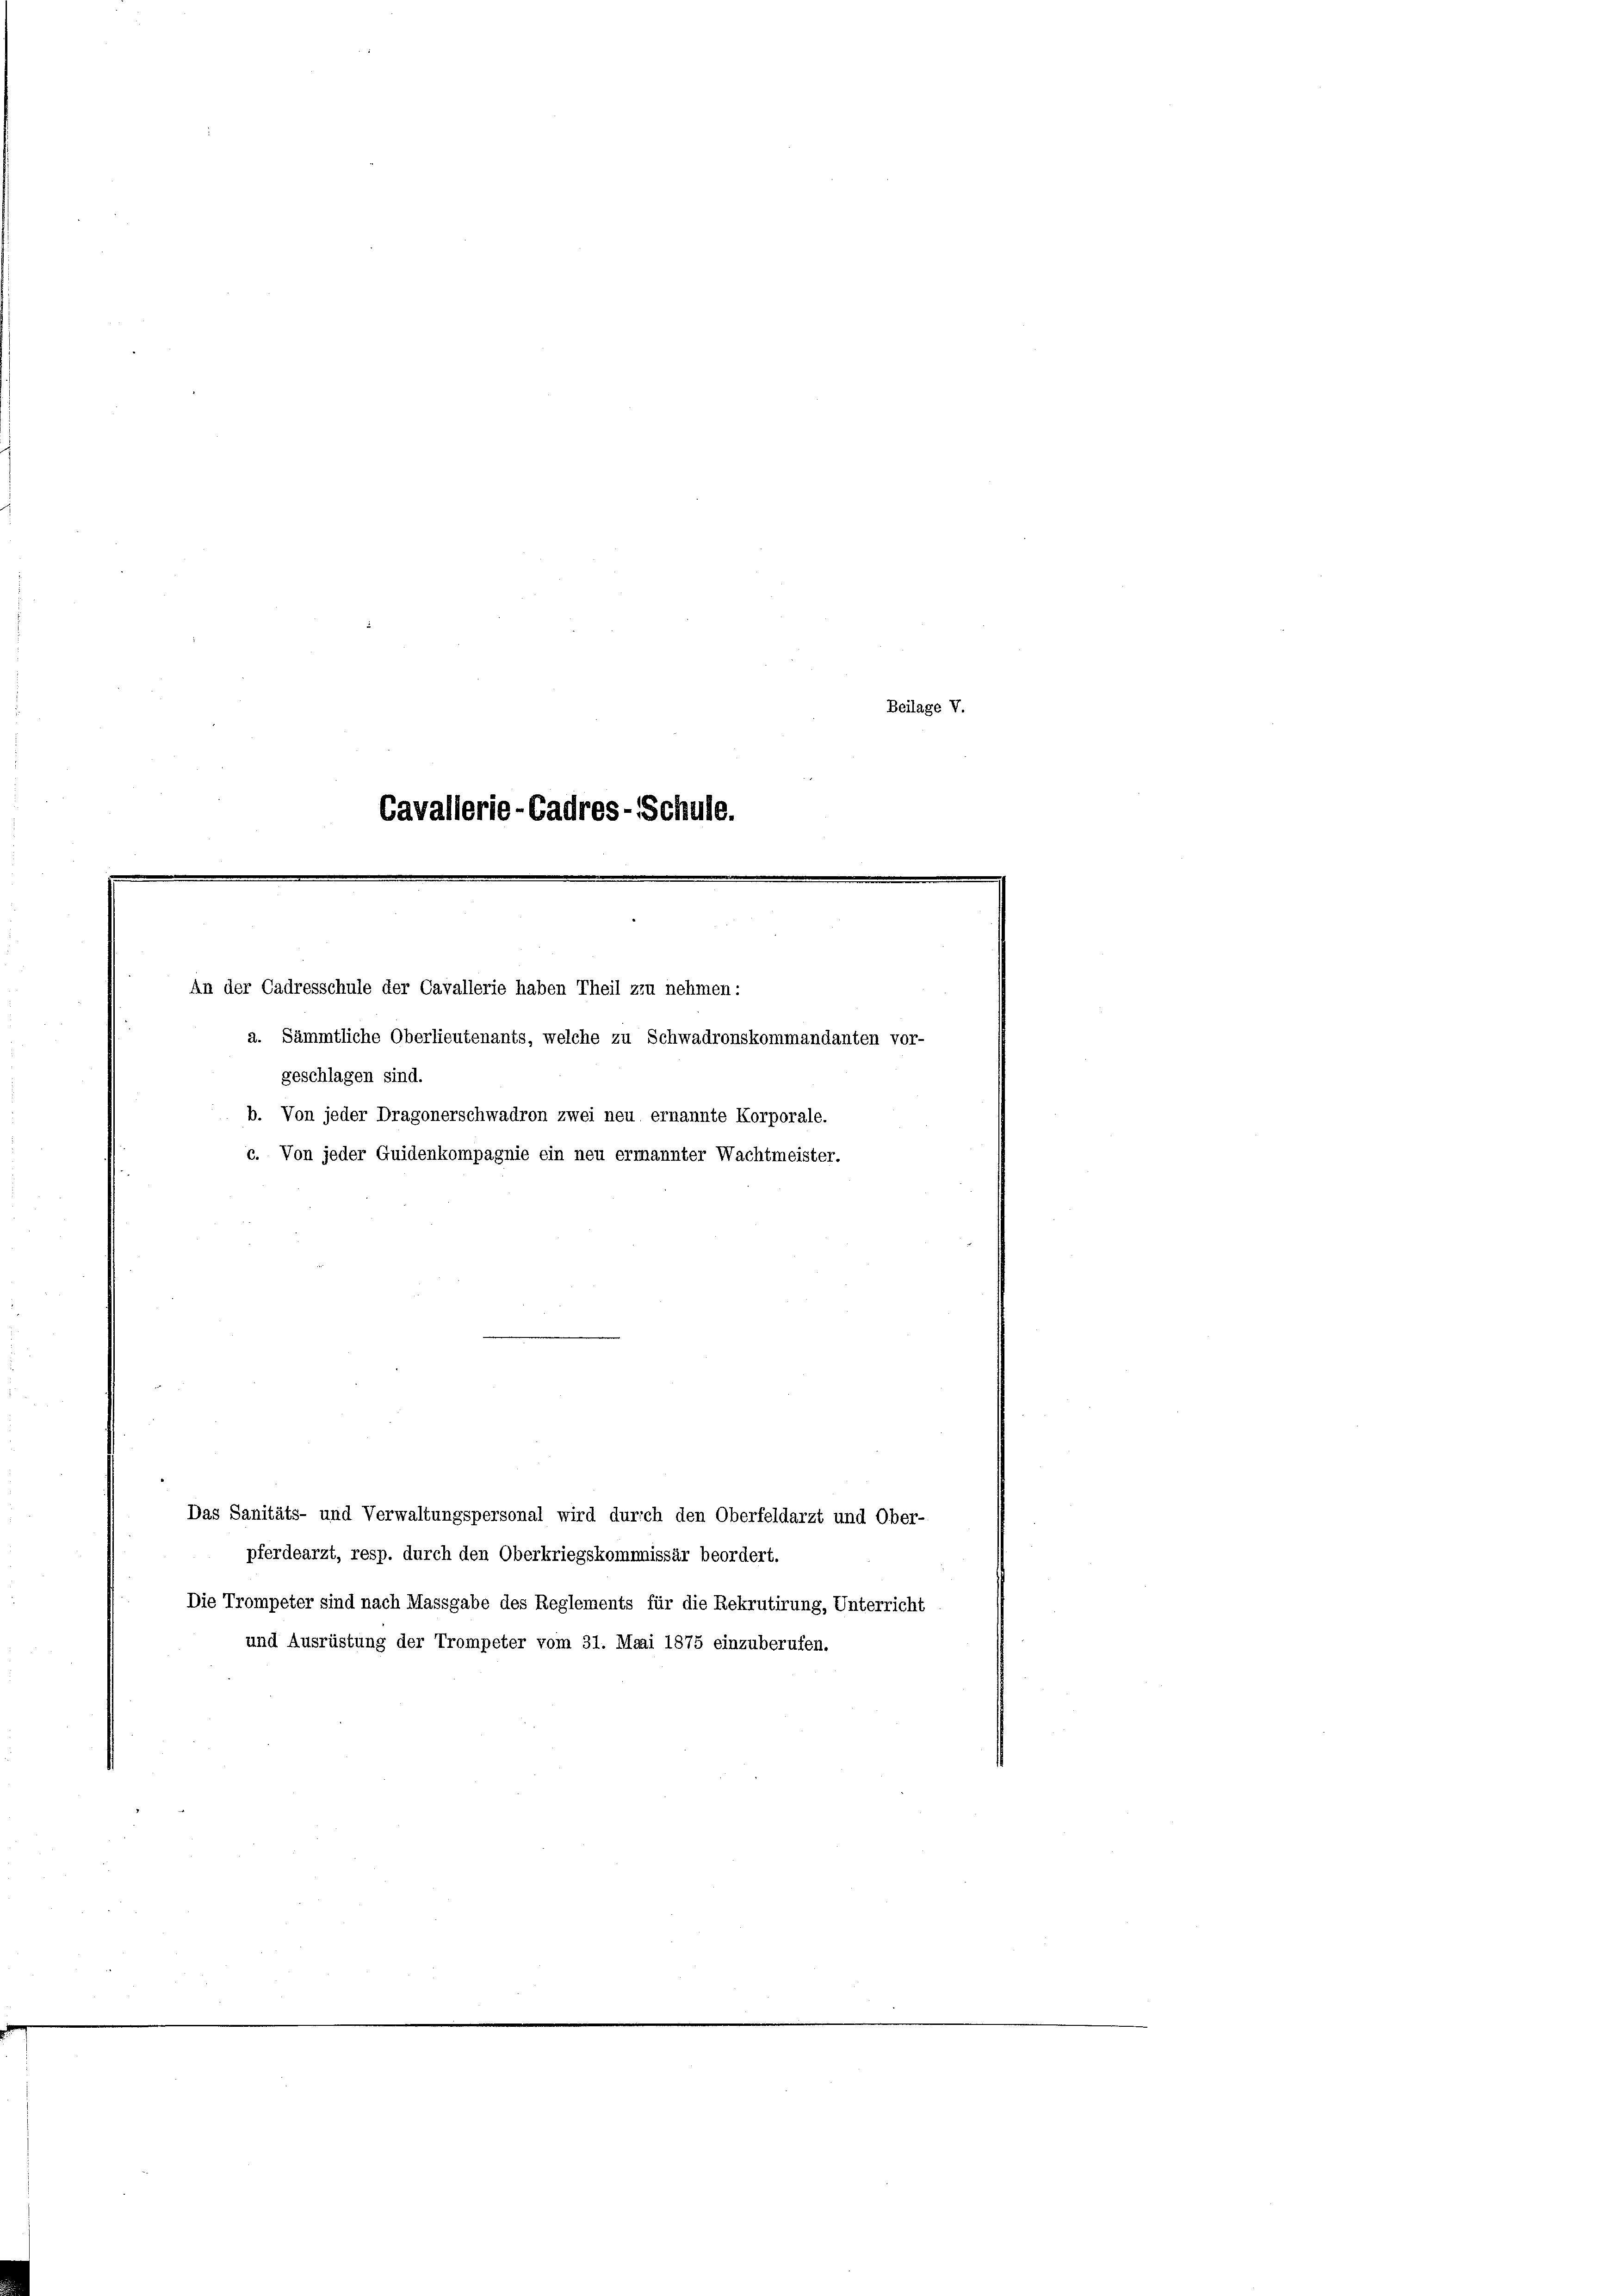
Cavallerie-Cadres-Schule.

An der Cadresschule der Cavallerie haben Theil zu nehmen:
a. Sämmtliche Oberlieutenants, welche zu Schwadronskommandantei
geschlagen sind.
b. Von jeder Dragonerschwadron zwei neu ernannte Korporale.
c. Von jeder Quidenkompagnie ein neu ermannter Wachtmeister.

Die Trompeter sind nach Massgabe des Reglements für die Rekrutirung, Unterricht
und Ausrüstung der Trompeter vom 31. Mai 1875 einzuberufen.

Das Sanitäts- und Verwaltungspersonal wird durch den Oberfeldarzt und Ober-
pferdearzt, resp. durch den Oberkriegskommissär beordert.

Beilage V.